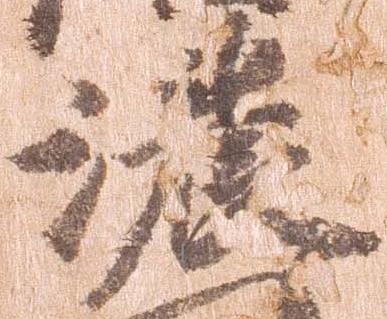
濃